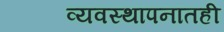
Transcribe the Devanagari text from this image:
व्यवस्थापनातही